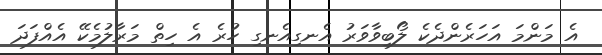
އެ މަންމަ އަހަރެންދެކެ ލޯބިވާވަރު އެނގިއެނގި ހުރެ އެ ހިތް މަރާލުމެކޭ އެއްފަދަ